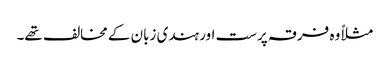
مثلاً وہ فرقہ پرست اور ہندی زبان کے مخالف تھے۔